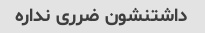
داشتنشون ضرری نداره